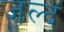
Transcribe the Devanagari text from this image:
जल्द